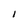
Character: I